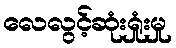
လေလွင့်ဆုံးရှုံးမှု